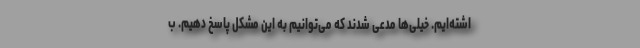
اشته‌ایم. خیلی‌ها مدعی شدند که می‌توانیم به این مشکل پاسخ دهیم. ب